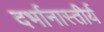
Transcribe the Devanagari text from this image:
दर्भानास्तीर्य